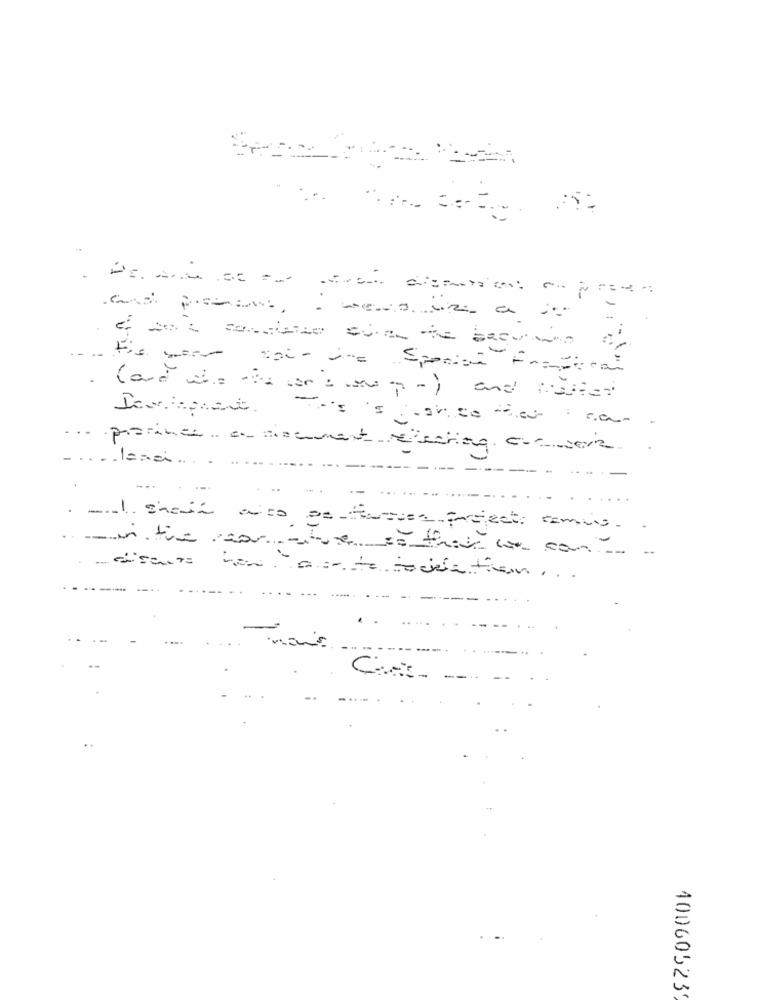
1
tis war soir ine Sperian Eraferai
. (and wie die wer : mapo) and Master
porinci. a. comment Electing. c .- vor
--
--- --.-
......
-in the near titue so that we can
.- discuss how are to tradetien ...
....
40060523